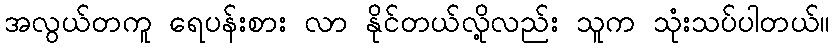
အလွယ်တကူ ရေပန်းစား လာ နိုင်တယ်လို့လည်း သူက သုံးသပ်ပါတယ်။